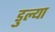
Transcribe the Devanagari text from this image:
डुल्या